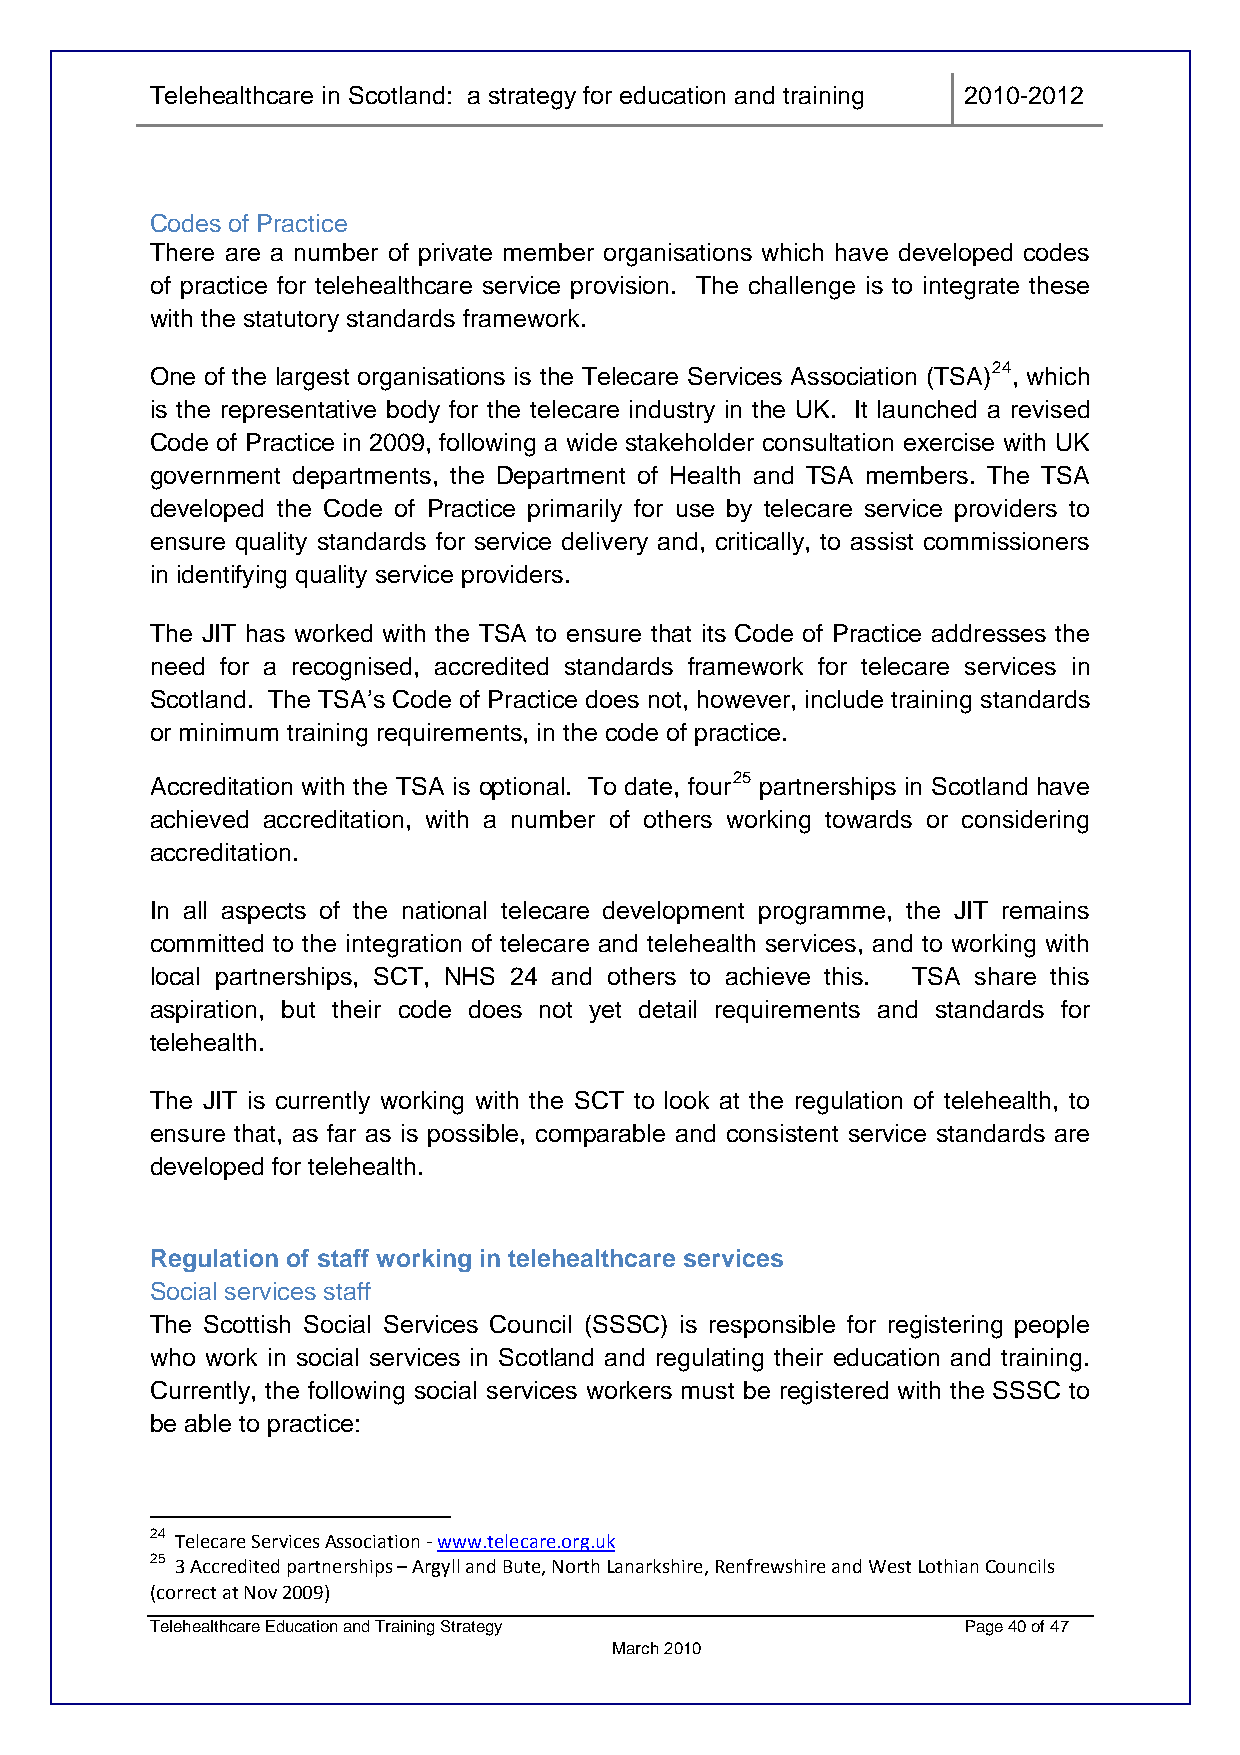
Telehealthcare in Scotland: a strategy for education and training 2010-2012
 Codes of Practice
 There are a number of private member organisations which have developed codes
 of practice for telehealthcare service provision. The challenge is to integrate these
 with the statutory standards framework.
 One of the largest organisations is the Telecare Services Association (TSA)24, which
 is the representative body for the telecare industry in the UK. It launched a revised
 Code of Practice in 2009, following a wide stakeholder consultation exercise with UK
 government departments, the Department of Health and TSA members. The TSA
 developed the Code of Practice primarily for use by telecare service providers to
 ensure quality standards for service delivery and, critically, to assist commissioners
 in identifying quality service providers.
 The JIT has worked with the TSA to ensure that its Code of Practice addresses the
 need for a recognised, accredited standards framework for telecare services in
 Scotland. The TSA’s Code of Practice does not, however, include training standards
 or minimum training requirements, in the code of practice.
 Accreditation with the TSA is optional. To date, four25 partnerships in Scotland have
 achieved accreditation, with a number of others working towards or considering
 accreditation.
 In all aspects of the national telecare development programme, the JIT remains
 committed to the integration of telecare and telehealth services, and to working with
 local partnerships, SCT, NHS 24 and others to achieve this. TSA share this
 aspiration, but their code does not yet detail requirements and standards for
 telehealth.
 The JIT is currently working with the SCT to look at the regulation of telehealth, to
 ensure that, as far as is possible, comparable and consistent service standards are
 developed for telehealth.
 Regulation of staff working in telehealthcare services
 Social services staff
 The Scottish Social Services Council (SSSC) is responsible for registering people
 who work in social services in Scotland and regulating their education and training.
 Currently, the following social services workers must be registered with the SSSC to
 be able to practice:
 24 Telecare Services Association ‐ www.telecare.org.uk
 25 3 Accredited partnerships – Argyll and Bute, North Lanarkshire, Renfrewshire and West Lothian Councils
 (correct at Nov 2009)
 Telehealthcare Education and Training Strategy        Page 40 of 47
 March 2010